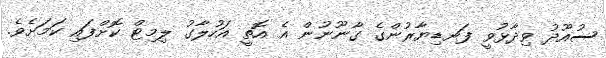
ސުއޫދު ވިދާޅުވީ ފަނޑިޔާރުންގެ ގާނޫނުން އެ އޮތީ އަހުލާގު ލިމިޓް ކޮށްފައި ކަމަށެވެ.